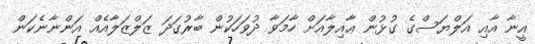
އީނާ އާއި އަލްޔަސްގެ ގުޅުން ޢާއިލާއަށް ހާމަވާ ދުވަހަކުން ބާރުގަދަ ޒަލްޒަލާއެއް އަންނާނެކަން